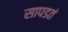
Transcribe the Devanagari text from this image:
सापडतं